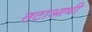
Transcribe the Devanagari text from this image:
तटाआधी